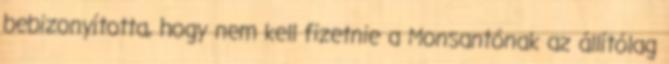
bebizonyította, hogy nem kell fizetnie a Monsantónak az állítólag